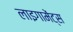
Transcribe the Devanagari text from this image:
लाइगामेंट्स